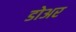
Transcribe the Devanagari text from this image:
डोअर